Civil Veterinary Department. Central Provinces & Berar 1925-31 - 1925-1931
Year: 1925
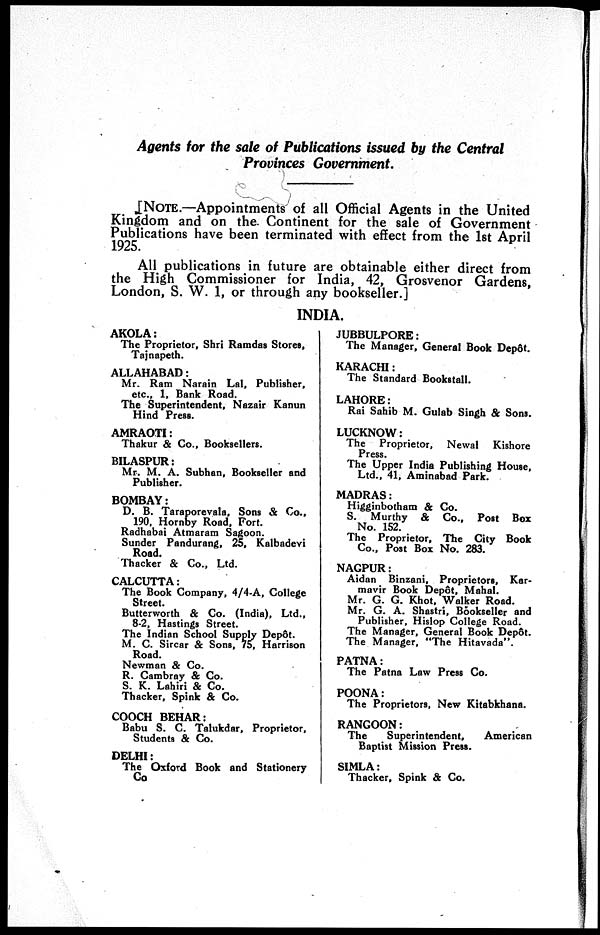
Agents for the sale of Publications issued by the Central
Provinces Government.
[NOTE.—Appointments of all Official Agents in the United
Kingdom and on the. Continent for the sale of Government
Publications have been terminated with effect from the 1st April
1925.
All publications in future are obtainable either direct from
the High Commissioner for India, 42, Grosvenor Gardens,
London, S. W. 1, or through any bookseller.]
INDIA.
AKOLA:
The Proprietor, Shri Ramdas Stores,
Tajnapeth.
ALLAHABAD:
Mr. Ram Narain Lal, Publisher,
etc., 1, Bank Road.
The Superintendent, Nazair Kanun
Hind Press.
AMRAOTI:
Thakur & Co., Booksellers.
BILASPUR:
Mr. M. A. Subhan, Bookseller and
Publisher.
BOMBAY:
D. B. Taraporevala, Sons & Co.,
190, Hornby Road, Fort.
Radhabai Atmaram Sagoon.
Sunder Pandurang, 25, Kalbadevi
Road.
Thacker & Co., Ltd.
CALCUTTA:
The Book Company, 4/4-A, College
Street.
Butterworth & Co. (India), Ltd.,
8-2, Hastings Street.
The Indian School Supply Depôt.
M. C. Sircar & Sons, 75, Harrison
Road.
Newman & Co.
R. Cambray & Co.
S. K. Lahiri & Co.
Thacker, Spink & Co.
COOCH BEHAR:
Babu S. C. Talukdar, Proprietor,
Students & Co.
DELHI:
The Oxford Book and Stationery
Co
JUBBULPORE:
The Manager, General Book Depôt.
KARACHI:
The Standard Bookstall.
LAHORE:
Rai Sahib M. Gulab Singh & Sons.
LUCKNOW:
The Proprietor, Newal
Kishore
Press.
The Upper India Publishing House,
Ltd., 41, Aminabad Park.
MADRAS:
Higginbotham & Co.
S. Murthy & Co., Post Box
No. 152.
The Proprietor, The City Book
Co., Post Box No. 283.
NAGPUR:
Aidan Binzani, Proprietors, Kar-
mavir Book Depôt, Mahal.
Mr. G. G. Khot, Walker Road.
Mr. G. A. Shastri, Bookseller and
Publisher, Hislop College Road.
The Manager, General Book Depôt.
The Manager, "The Hitavada"
PATNA:
The Patna Law Press Co.
POONA:
The Proprietors, New Kitabkhana.
RANGOON:
The
Superintendent,
American
Baptist Mission Press.
SIMLA:
Thacker, Spink & Co.